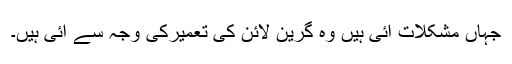
جہاں مشکلات آئی ہیں وہ گرین لائن کی تعمیرکی وجہ سے آئی ہیں۔